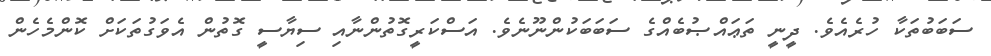
ސަބަބުތަކާ ހުރެއެވެ. ދީނީ ތަޢައްޞުބެއްގެ ސަބަބަކުންނޫނެވެ. އަސްކަރީގޮތުންނާއި ސިޔާސީ ގޮތުން އެވަގުތަކަށް ކޮންމެހެން